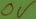
Text: 0V